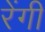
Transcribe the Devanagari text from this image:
रेंगी